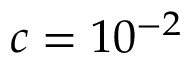
c = 1 0 ^ { - 2 }